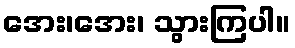
အေး၊အေး၊ သွားကြပါ။